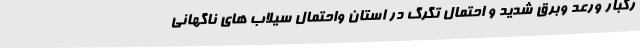
رگبار ورعد وبرق شدید و احتمال تگرگ در استان واحتمال سیلاب های ناگهانی